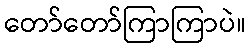
တော်တော်ကြာကြာပဲ။